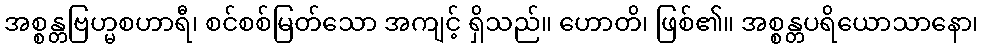
အစ္စန္တဗြဟ္မစဟာရီ၊ စင်စစ်မြတ်သော အကျင့် ရှိသည်။ ဟောတိ၊ ဖြစ်၏။ အစ္စန္တပရိယောသာနော၊